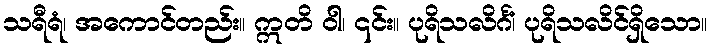
သရီရံ၊ အကောင်တည်း။ ဣတိ ဝါ၊ ၎င်း။ ပုရိသလိင်္ဂံ၊ ပုရိသလိင်ရှိသော။